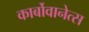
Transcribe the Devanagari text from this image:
कार्बोवानेत्स